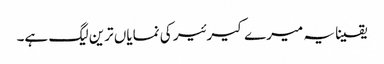
یقینا یہ میرے کیرئیر کی نمایاں ترین لیگ ہے۔